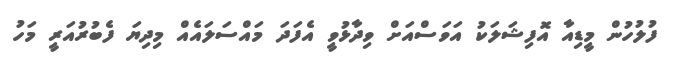
ފުލުހުން މީޑިއާ އޮފިޝަލަކު އަވަސްއަށް ވިދާޅުވީ އެފަދަ މައްސަލައެއް މިދިޔަ ފެބުރުއަރީ މަހު